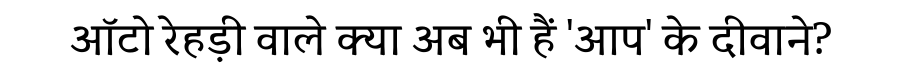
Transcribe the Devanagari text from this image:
ऑटो रेहड़ी वाले क्या अब भी हैं 'आप' के दीवाने?